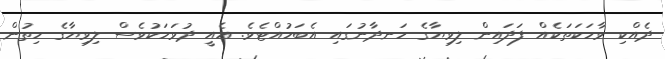
ދެއްކި ވާހަކަތަކެއް ފަދައިން ލިވިޔާގެ ހަނދާނުގައި އެބަހުއްޓެވެ. އެއީ ދުވަހަކުވެސް ލިވިޔާގެ ހިތުން